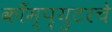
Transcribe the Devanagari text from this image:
काँम्प्युटरचे